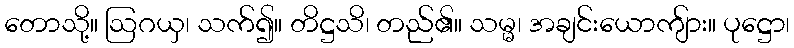
တောသို့။ ဩဂယှ၊ သက်၍။ တိဋ္ဌသိ၊ တည်၏။ သမ္မ၊ အချင်းယောကျ်ား။ ပုဋ္ဌော၊